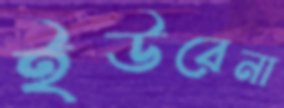
ইউরেনা